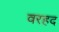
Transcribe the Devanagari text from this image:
वरहद